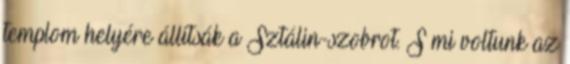
templom helyére állítsák a Sztálin-szobrot. S mi voltunk az